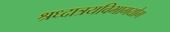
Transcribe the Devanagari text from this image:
श्रध्दात्रयविभागयोग